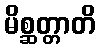
မိစ္ဆတ္တာတိ